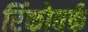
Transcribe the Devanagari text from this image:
रिंकोवर्क